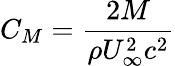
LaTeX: C_{M}=\frac{2M}{\rho U_{\infty}^{2}c^{2}}